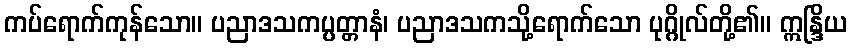
ကပ်ရောက်ကုန်သော။ ပညာဒသကပ္ပတ္တာနံ၊ ပညာဒသကသို့ရောက်သော ပုဂ္ဂိုလ်တို့၏။ ဣန္ဒြိယ